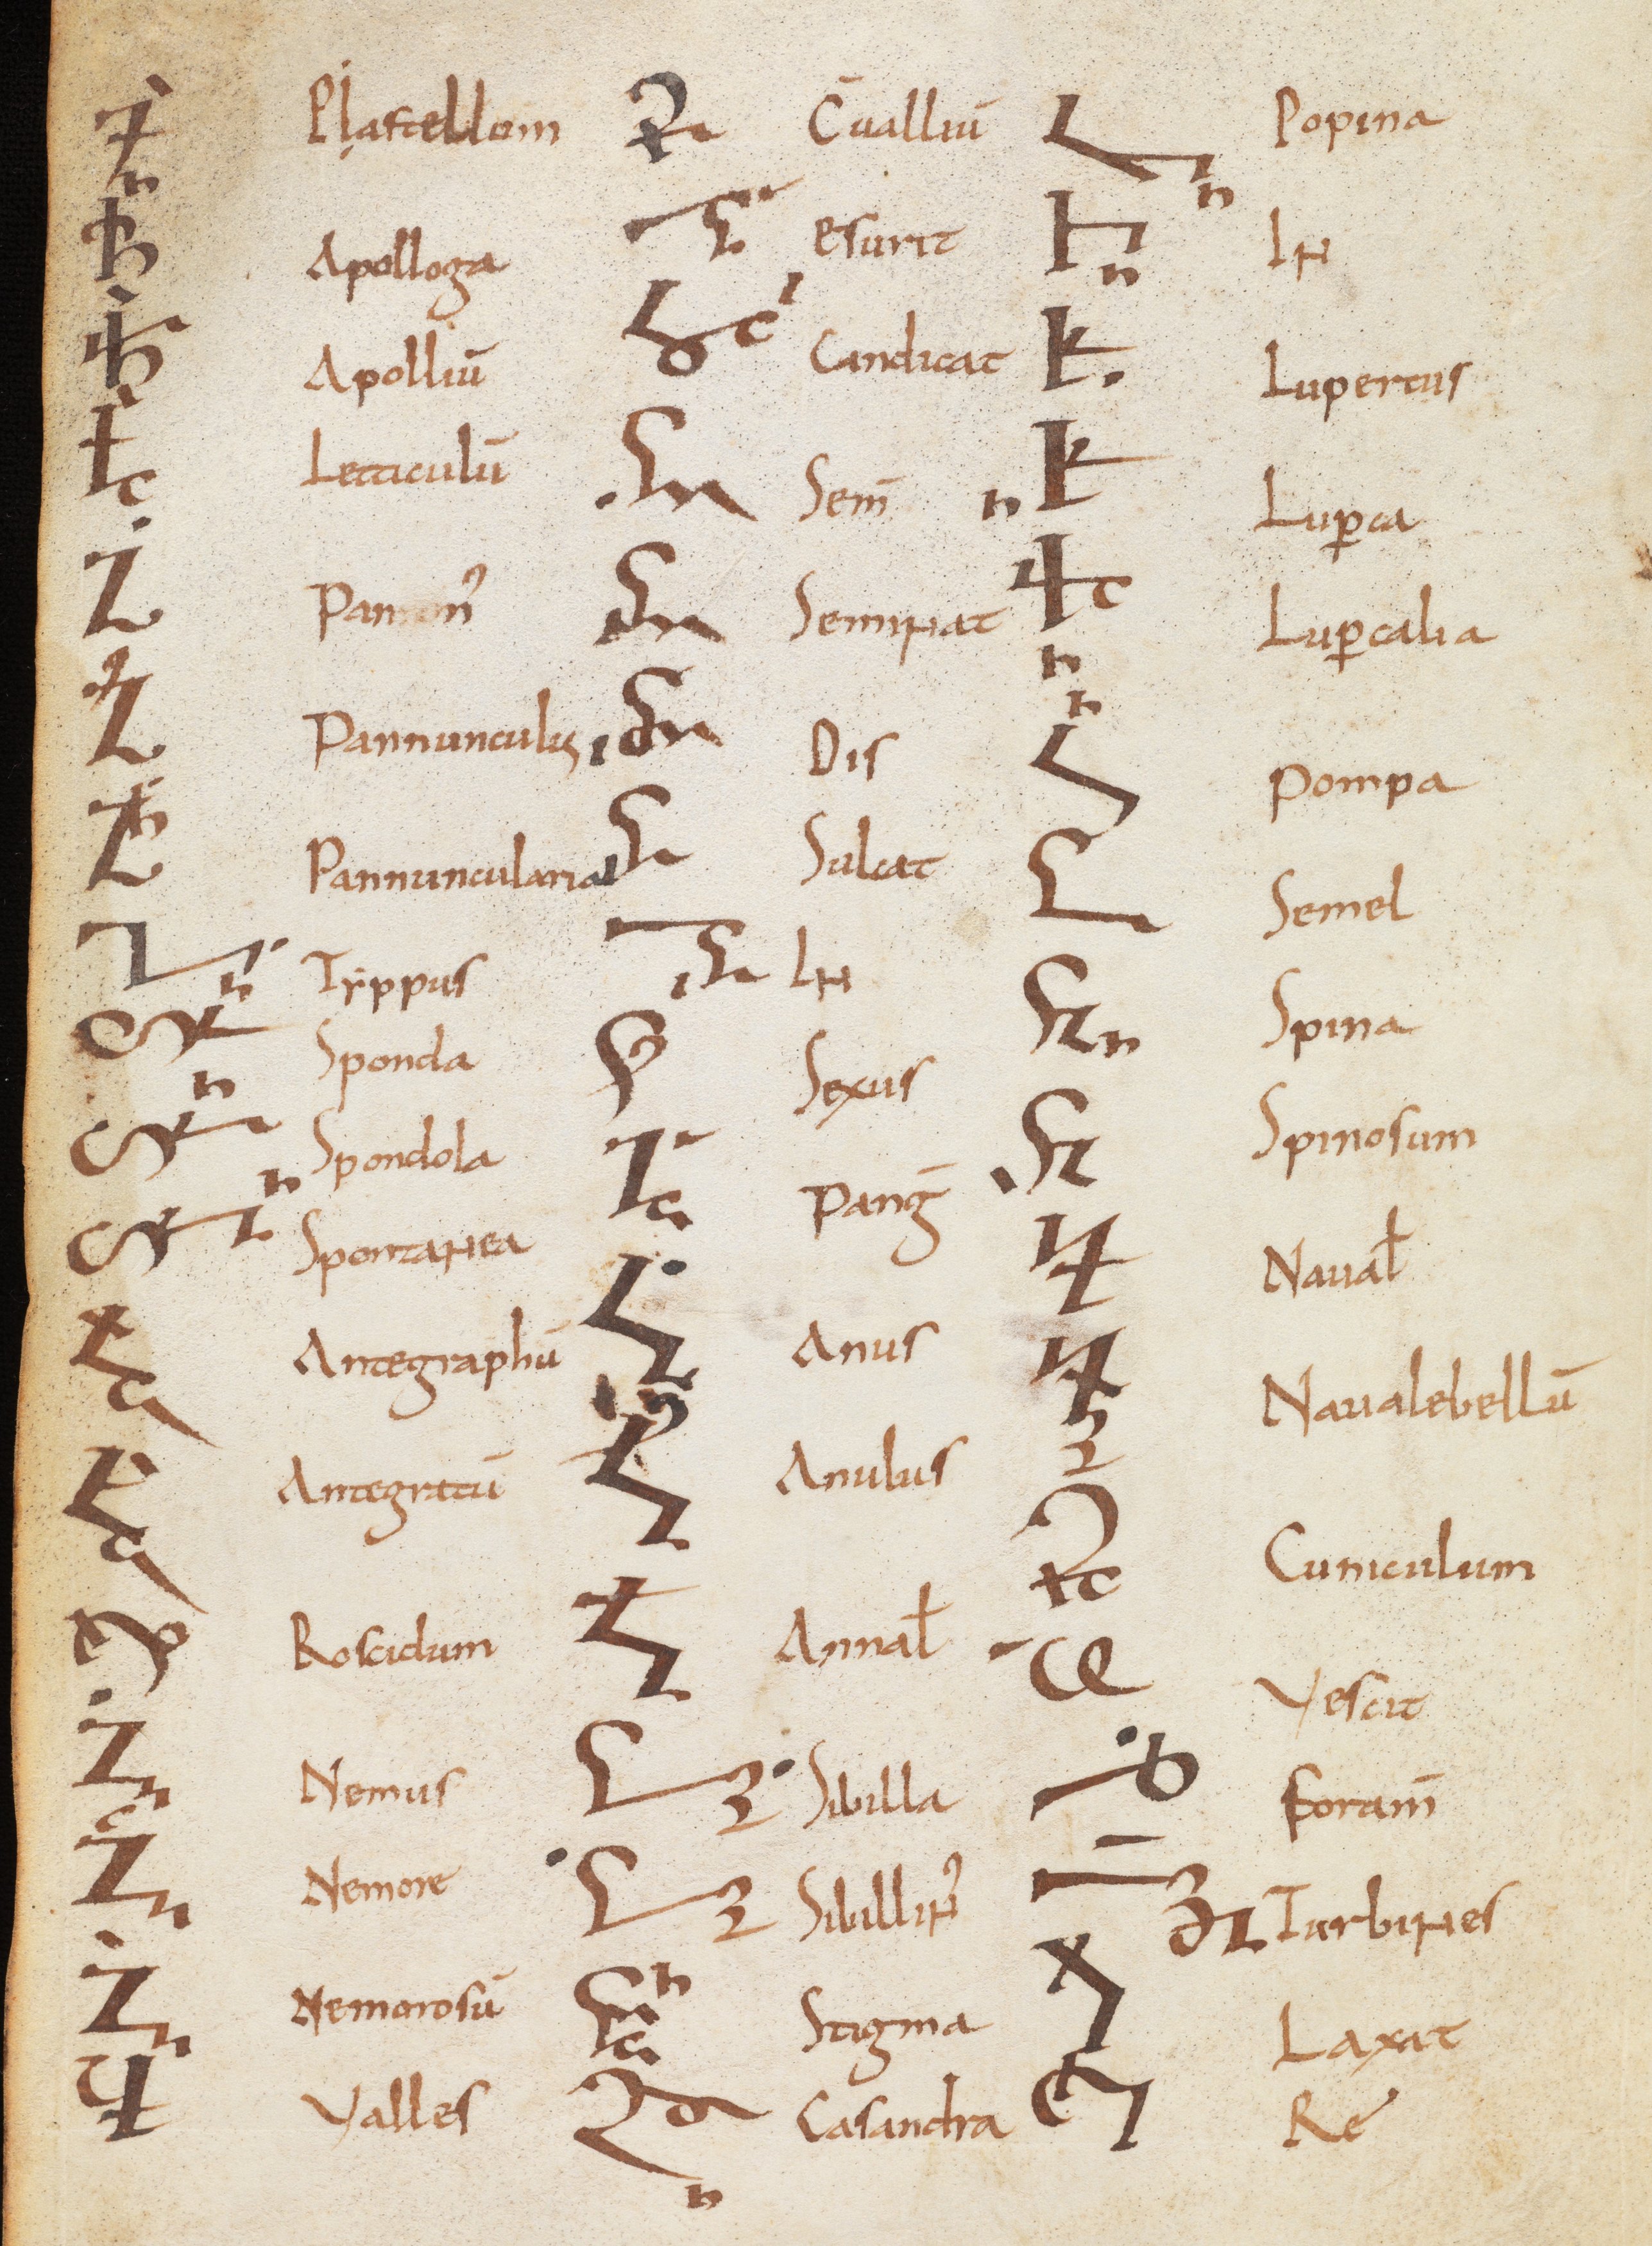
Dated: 800–899